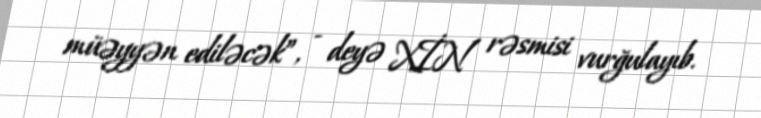
müəyyən ediləcək”, - deyə XİN rəsmisi vurğulayıb.